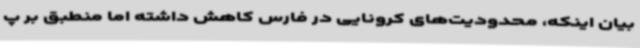
بیان اینکه، محدودیت‌های کرونایی در فارس کاهش داشته اما منطبق بر پ